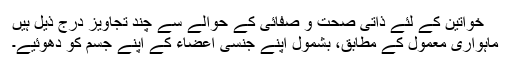
خواتین کے لئے ذاتی صحت و صفائی کے حوالے سے چند تجاویز درجِ ذیل ہیں
ماہواری معمول کے مطابق، بشمول اپنے جنسی اعضاء کے اپنے جسم کو دھوئیے۔